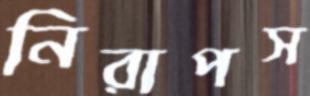
নিরাপস